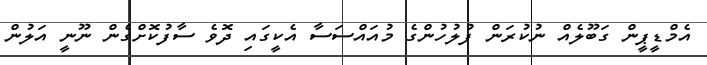
އެމްޑީޕީން ގަބޫލެއް ނުކުރަން ފުލުހުންގެ މުއައްސަސާ އެކީގައި ދޮވެ ސާފުކޮށްގެން ނޫނީ އަލުން